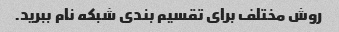
روش مختلف برای تقسیم بندی شبکه نام ببرید.